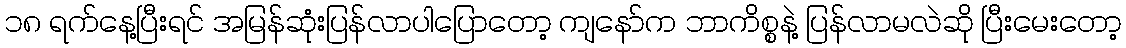
၁၈ ရက်နေ့ပြီးရင် အမြန်ဆုံးပြန်လာပါပြောတော့ ကျနော်က ဘာကိစ္စနဲ့ ပြန်လာမလဲဆို ပြီးမေးတော့